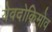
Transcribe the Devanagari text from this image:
येवदोकिमोव